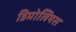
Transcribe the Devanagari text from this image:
डिमोलियस